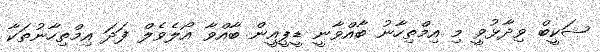
ޝަކީބް ވިދާޅުވީ މި އިމްތިހާނު ބާއްވާނީ ޑީޕީއީން ބާއްވާ އޯލެވެލް ފަދަ އިމްތިހާނުތަކާ